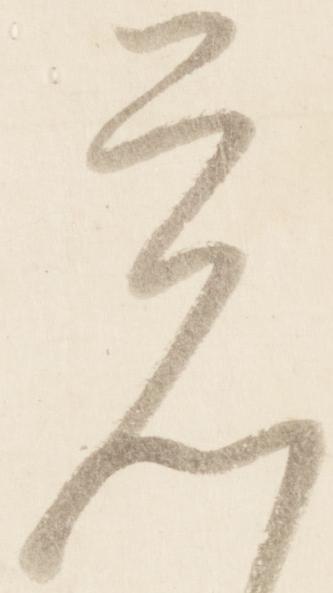
覚